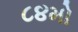
૮૪મો